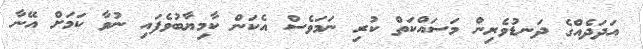
އަދަދެއްގެ ދަނޑުވެރިން މަސައްކަތް ކުރި ނަމަވެސް އެކަން ކާމިޔާބުވެފައި ނުވާ ކަމަށް އޭނާ